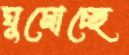
ঘুমোচ্ছে